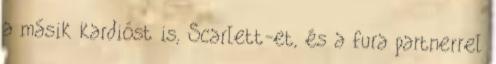
a másik kardióst is, Scarlett-et, és a fura partnerrel